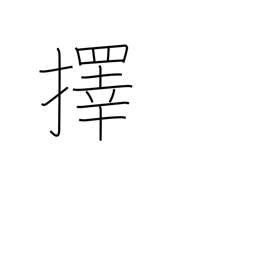
Meaning: choose